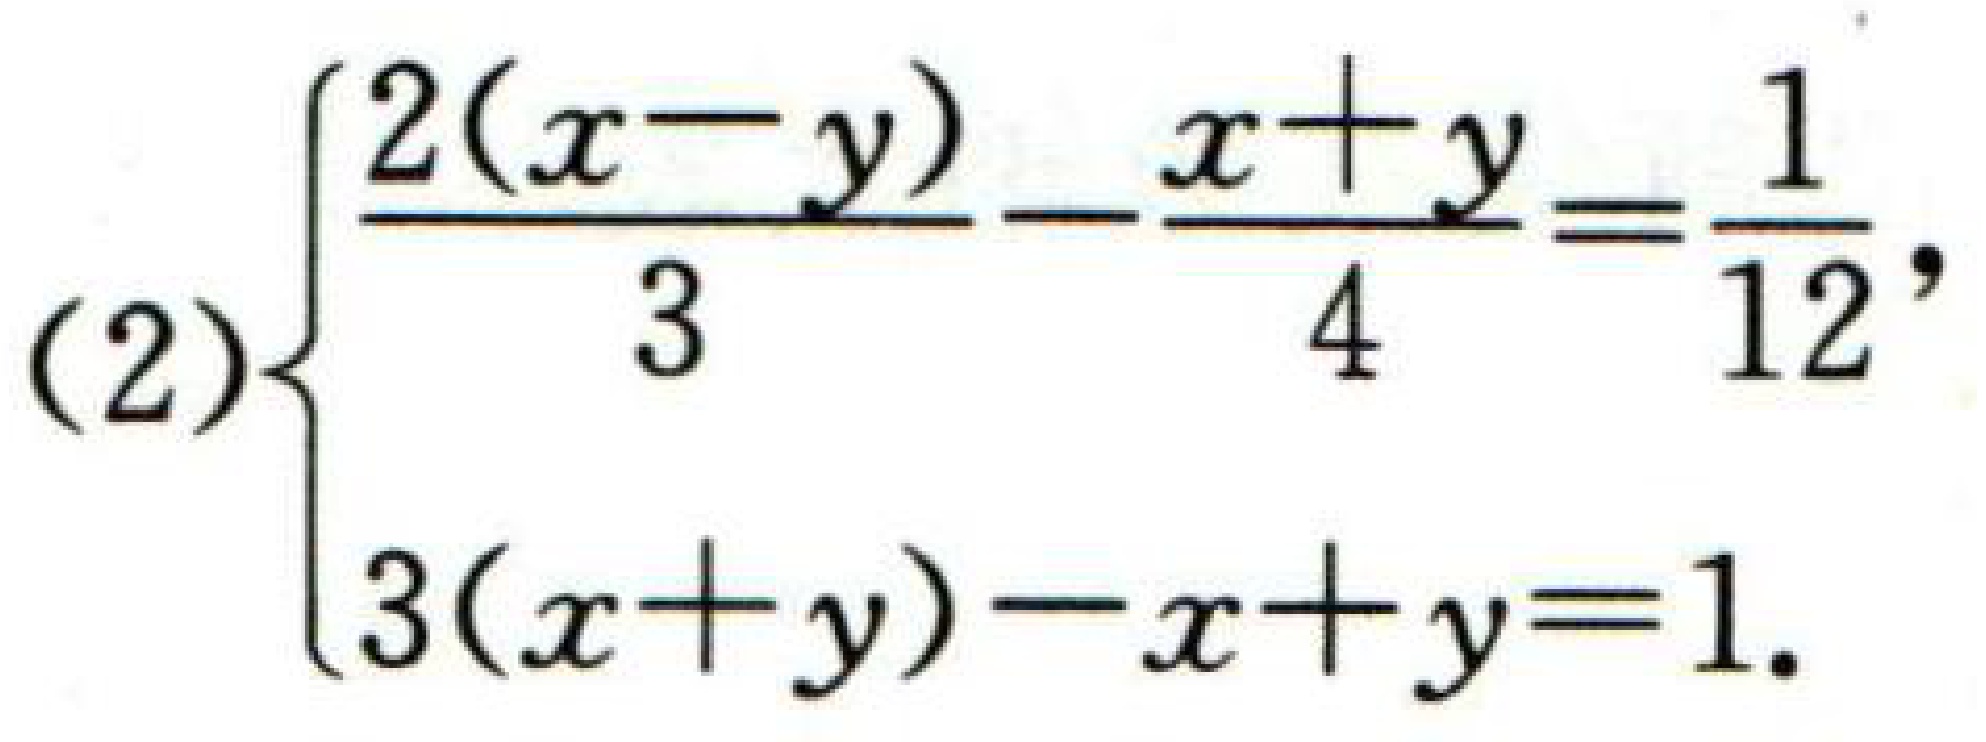
\[(2)\begin{cases}

\frac{2(x - y)}{3}-\frac{x + y}{4}=\frac{1}{12},\\

3(x + y)-x + y = 1.

\end{cases}\]